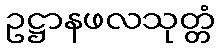
ဥဋ္ဌာနဖလသုတ္တံ